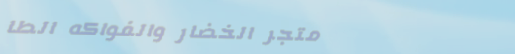
متجر الخضار والفواكه الطا